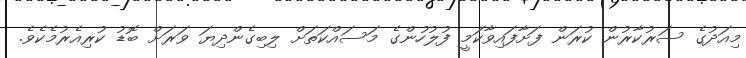
މިއަދުގެ ސަރުކާރުން ކުރަން ފަށާފައިވާކަމީ ފުލުހުންގެ މަސައްކަތަށް ލިބިގެންދިޔަ ވަރަށް ބޮޑު ކުރިއެރުމެކެވެ.